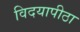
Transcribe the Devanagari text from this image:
विदयापीठा